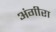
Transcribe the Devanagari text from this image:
अंगीरा